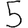
Digit: 5